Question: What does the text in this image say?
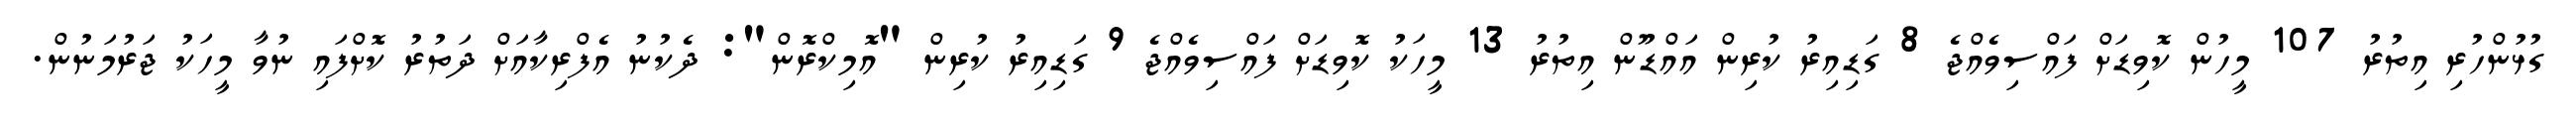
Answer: ގުޅުންހުރި އިތުރު 107 މީހުން ކޮވިޑަށް ފައްސިވެއްޖެ 8 ގަޑިއިރު ކުރިން އައްޑޫން އިތުރު 13 މީހަކު ކޮވިޑަށް ފައްސިވެއްޖެ 9 ގަޑިއިރު ކުރިން "އޮމިކްރޮން": ދެކުނު އެފްރިކާއަށް ދަތުރު ކޮށްފައި ނުވާ މީހަކު ޖަރުމަނުން.